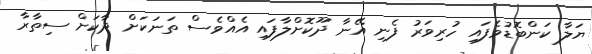
ޔަލާ ކަންބޮޑުވެފައި ހުރިވަރު ފެނި އޭނާ ދޫކޮށްލާފައި އެއްވެސް ތަނަކަށް ދާކަށް ސިތާރާ